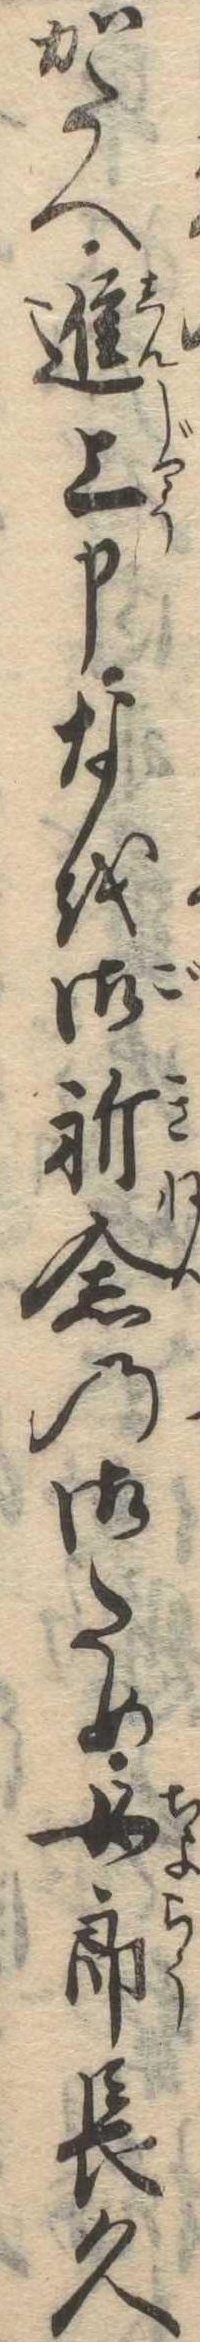
かたへ進上申なを御祈念の御ため女郎長久